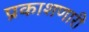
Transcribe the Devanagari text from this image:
प्रकाशणारी